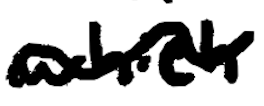
Text: which
Cross-out: wave
Writing tool: digital_black